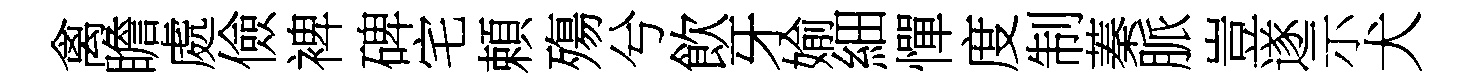
禽瞻處儉裨碑宅頼殤兮飲牙媮細憚度制蓁脈豈遂示犬